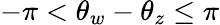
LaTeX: -\pi<\theta_{w}-\theta_{z}\leq\pi